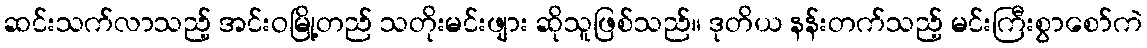
ဆင်းသက်လာသည့် အင်းဝမြို့တည် သတိုးမင်းဖျား ဆိုသူဖြစ်သည်။ ဒုတိယ နန်းတက်သည့် မင်းကြီးစွာစော်ကဲ